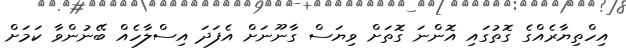
އިހްތިޔާރެއްގެ ގޮތުގައި އޮންނަ ގޮތަށް ވިޔަސް ގާނޫނަށް އެފަދަ އިސްލާހެއް ބޭނުންވާ ކަމަށް